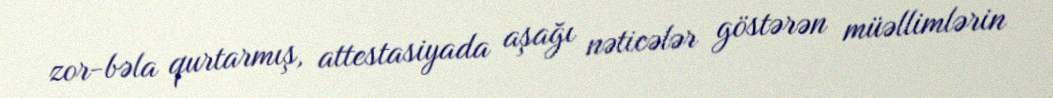
zor-bəla qurtarmış, attestasiyada aşağı nəticələr göstərən müəllimlərin